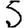
Digit: 5